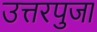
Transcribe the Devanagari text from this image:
उत्तरपुजा